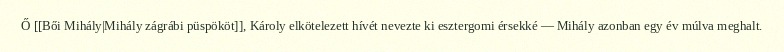
Ő [[Bői Mihály|Mihály zágrábi püspököt]], Károly elkötelezett hívét nevezte ki esztergomi érsekké — Mihály azonban egy év múlva meghalt.